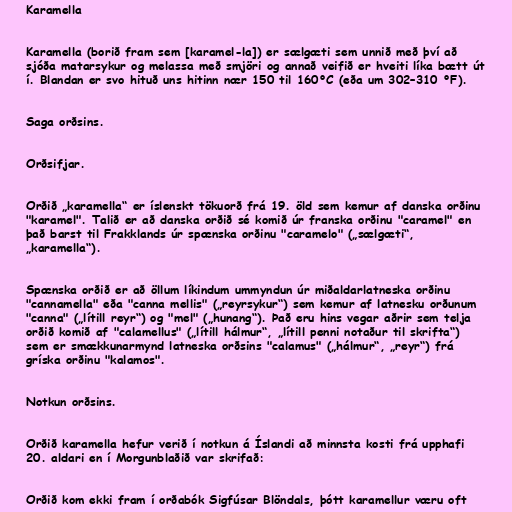
Karamella

Karamella (borið fram sem [karamel-la]) er sælgæti sem unnið með því að
sjóða matarsykur og melassa með smjöri og annað veifið er hveiti líka bætt út
í. Blandan er svo hituð uns hitinn nær 150 til 160°C (eða um 302–310 °F).

Saga orðsins.

Orðsifjar.

Orðið „karamella“ er íslenskt tökuorð frá 19. öld sem kemur af danska orðinu
"karamel". Talið er að danska orðið sé komið úr franska orðinu "caramel" en
það barst til Frakklands úr spænska orðinu "caramelo" („sælgæti“,
„karamella“).

Spænska orðið er að öllum líkindum ummyndun úr miðaldarlatneska orðinu
"cannamella" eða "canna mellis" („reyrsykur“) sem kemur af latnesku orðunum
"canna" („lítill reyr“) og "mel" („hunang“). Það eru hins vegar aðrir sem telja
orðið komið af "calamellus" („lítill hálmur“, „lítill penni notaður til skrifta“)
sem er smækkunarmynd latneska orðsins "calamus" („hálmur“, „reyr“) frá
gríska orðinu "kalamos".

Notkun orðsins.

Orðið karamella hefur verið í notkun á Íslandi að minnsta kosti frá upphafi
20. aldari en í Morgunblaðið var skrifað:

Orðið kom ekki fram í orðabók Sigfúsar Blöndals, þótt karamellur væru oft